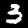
Digit: 3